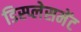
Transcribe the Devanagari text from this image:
डिस्प्लेसमेंट